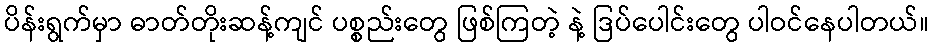
ပိန်းရွက်မှာ ဓာတ်တိုးဆန့်ကျင် ပစ္စည်းတွေ ဖြစ်ကြတဲ့ နဲ့ ဒြပ်ပေါင်းတွေ ပါဝင်နေပါတယ်။